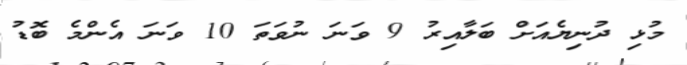
މުޅި ދުނިޔެއަށް ބަލާއިރު 9 ވަނަ ނުވަތަ 10 ވަނަ އެންމެ ބޮޑު